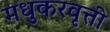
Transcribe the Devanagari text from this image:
मधुकरवृत्ती